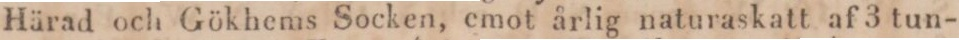
Härad och Gökhems Socken, emot årlig naturaskatt af 3 tun-